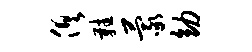
俱鞋蒙幼